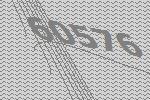
60576